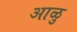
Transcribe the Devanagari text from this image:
आळु